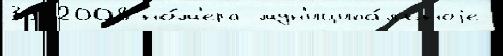
31 2008 но́м'ера мун'иципа́льноjе